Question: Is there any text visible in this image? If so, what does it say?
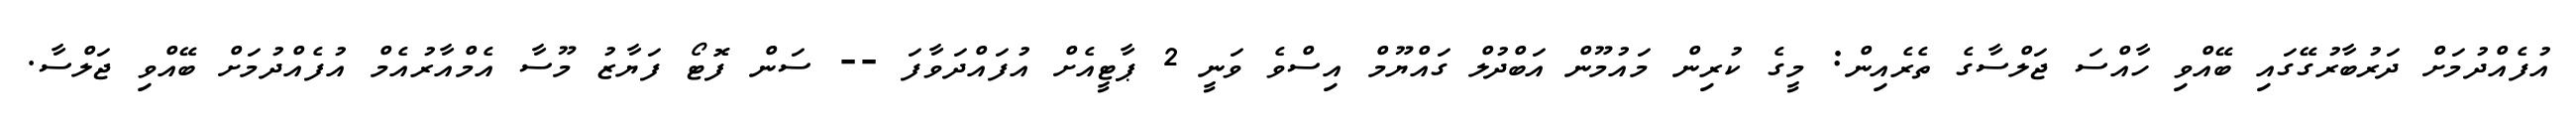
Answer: އުފެއްދުމަށް ދަރުބާރުގޭގައި ބޭއްވި ހާއްސަ ޖަލްސާގެ ތެރެއިން: މީގެ ކުރިން މައުމޫން އަބްދުލް ގައްޔޫމް އިސްވެ ވަނީ 2 ޕާޓީއެށް އުފައްދަވާފަ -- ސަން ފޮޓޯ ފަޔާޒު މޫސާ އެމްއާރުއެމް އުފެއްދުމަށް ބޭއްވި ޖަލްސާ.